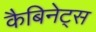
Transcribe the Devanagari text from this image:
कैबिनेट्स